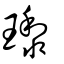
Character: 瓈